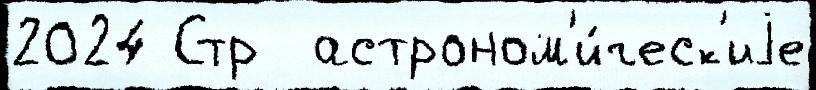
2024 Стр  астроном'и́ческ'иjе